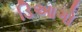
ડિઆગો